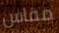
مقاس